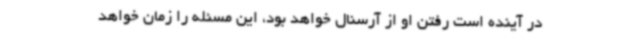
در آینده است رفتن او از آرسنال خواهد بود، این مسئله را زمان خواهد